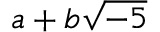
a + b { \sqrt { - 5 } }